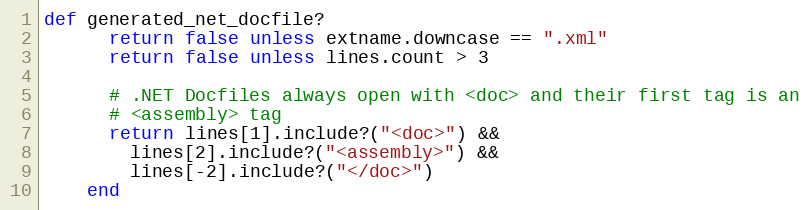
Language: Ruby
def generated_net_docfile?
      return false unless extname.downcase == ".xml"
      return false unless lines.count > 3

      # .NET Docfiles always open with <doc> and their first tag is an
      # <assembly> tag
      return lines[1].include?("<doc>") &&
        lines[2].include?("<assembly>") &&
        lines[-2].include?("</doc>")
    end